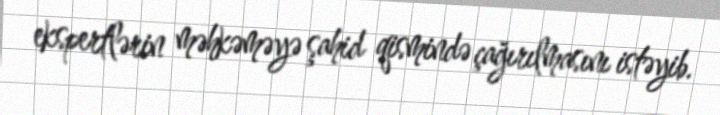
ekspertlərin məhkəməyə şahid qismində çağırılmasını istəyib.